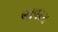
ભાવરસ